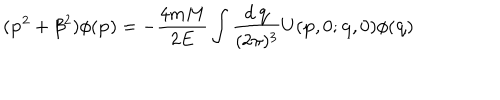
( { \bf p } ^ { 2 } + \beta ^ { 2 } ) \phi ( { \bf p } ) = - \frac { 4 m M } { 2 E } \int \frac { d \, { \bf q } } { ( 2 \pi ) ^ { 3 } } U ( { \bf p } , 0 ; { \bf q } , 0 ) \phi ( { \bf q } )